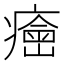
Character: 𤺠